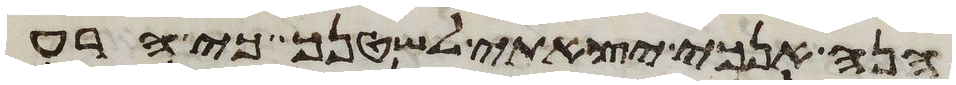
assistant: הנה אנכי יצאתי לשטנך כי הרע